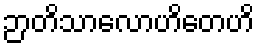
ဉာတိသာလောဟိတေဟိ